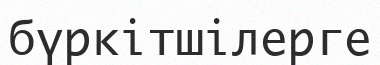
бүркітшілерге